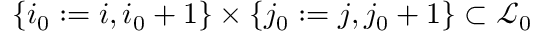
\{ i _ { 0 } : = i , i _ { 0 } + 1 \} \times \{ j _ { 0 } : = j , j _ { 0 } + 1 \} \subset \mathcal { L } _ { 0 }